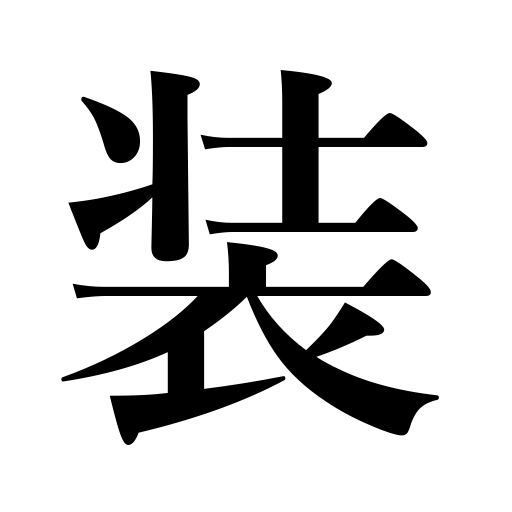
Meanings: disguise,profess,dress,pretend,spruce up